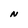
Character: N